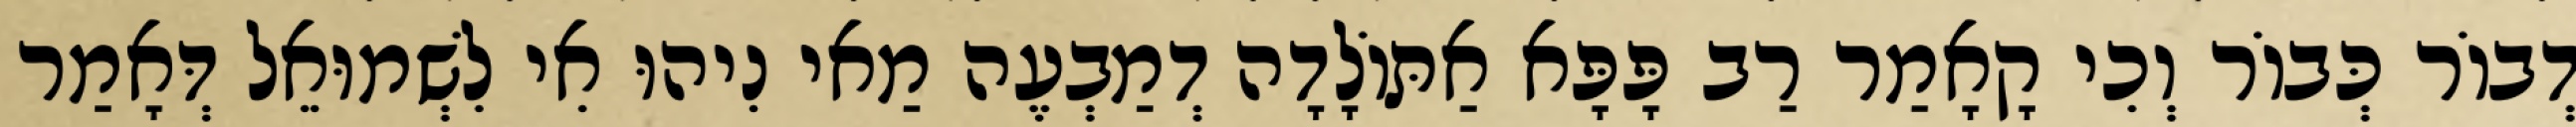
דְבוֹר כְּבוֹר וְכִי קָאָמַר רַב פָּפָּא אַתּוֹלָדָה דְמַבְעֶה מַאי נִיהוּ אִי לִשְׁמוּאֵל דְּאָמַר